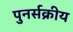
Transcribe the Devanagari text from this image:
पुनर्सक्रीय